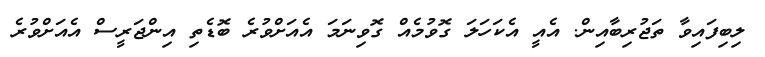
ލިބިފައިވާ ތަޖުރިބާއިން. އެއީ އެކަހަލަ ގޮވުމެއް ގޮވިނަމަ އެއަށްވުރެ ބޮޑެތި އިންޖަރީސް އެއަށްވުރެ